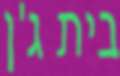
בית ג'ן